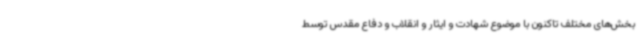
بخش‌های مختلف تاکنون با موضوع شهادت و ایثار و انقلاب و دفاع مقدس توسط